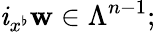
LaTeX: \mathit{i}_{x^{\flat}}\mathbf{{w}}\in\Lambda^{n-1};